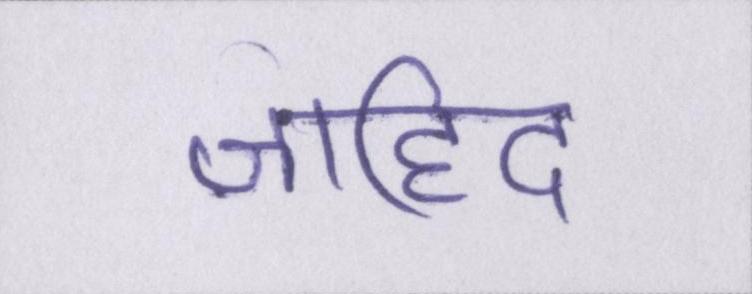
जाहिद